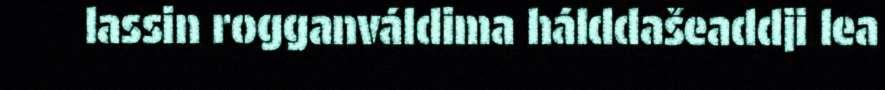
lassin rogganváldima hálddašeaddji lea